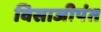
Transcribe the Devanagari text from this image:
विसाजीपंत